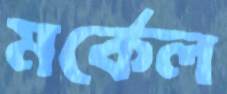
মর্কেল